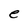
Character: e